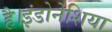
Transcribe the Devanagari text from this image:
है।इंडोनेशिया